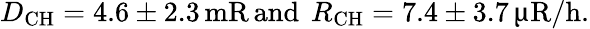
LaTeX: D_{\mathrm{CH}}=4.6\pm 2.3\, \mathrm{mR\, and~\, }R_{\mathrm{CH}}=7.4\pm 3.7\, \upmu\mathrm{R/h}.